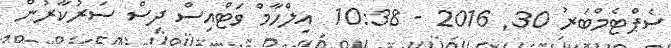
ސެޕްޓެމްބަރު 30